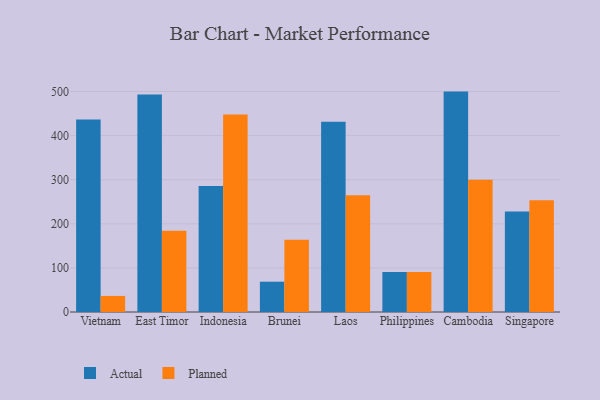
{"axis": {"x": "Country", "y": "Backlog"}, "legend": ["Actual", "Planned"], "data": [{"x": "Vietnam", "y": 436.7, "type": "Actual"}, {"x": "Vietnam", "y": 36.4, "type": "Planned"}, {"x": "East Timor", "y": 493.2, "type": "Actual"}, {"x": "East Timor", "y": 184.0, "type": "Planned"}, {"x": "Indonesia", "y": 285.7, "type": "Actual"}, {"x": "Indonesia", "y": 448.0, "type": "Planned"}, {"x": "Brunei", "y": 68.7, "type": "Actual"}, {"x": "Brunei", "y": 163.8, "type": "Planned"}, {"x": "Laos", "y": 431.3, "type": "Actual"}, {"x": "Laos", "y": 264.5, "type": "Planned"}, {"x": "Philippines", "y": 90.6, "type": "Actual"}, {"x": "Philippines", "y": 90.8, "type": "Planned"}, {"x": "Cambodia", "y": 499.8, "type": "Actual"}, {"x": "Cambodia", "y": 300.0, "type": "Planned"}, {"x": "Singapore", "y": 227.7, "type": "Actual"}, {"x": "Singapore", "y": 253.4, "type": "Planned"}]}